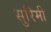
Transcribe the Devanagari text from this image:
सुरिमी